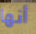
أنها